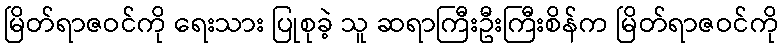
မြိတ်ရာဇဝင်ကို ရေးသား ပြုစုခဲ့ သူ ဆရာကြီးဦးကြီးစိန်က မြိတ်ရာဇဝင်ကို